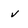
Character: v